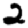
Digit: 2